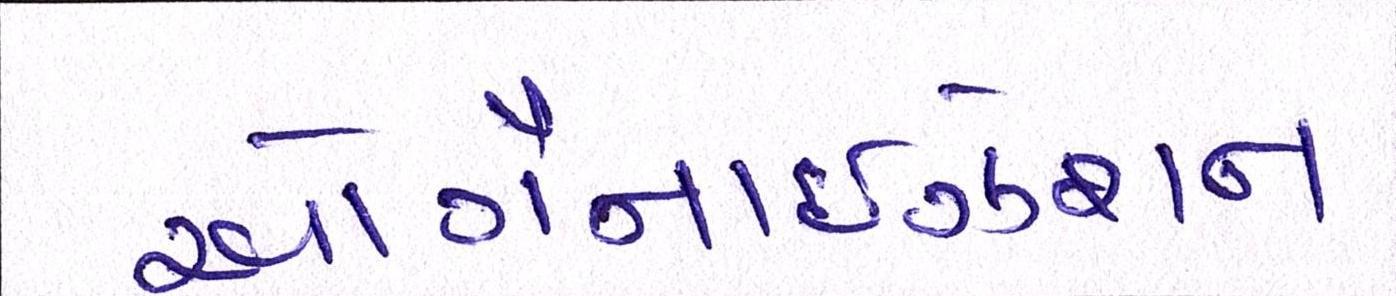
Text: ઓર્ગેનાઈઝેશન